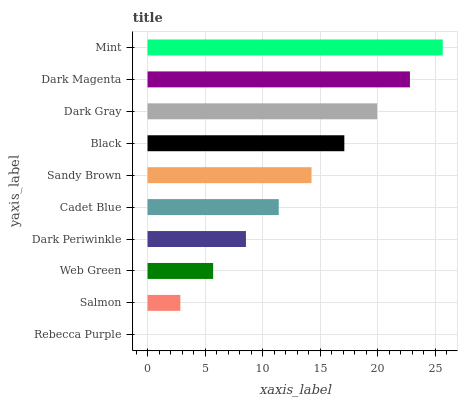
| yaxis_label | bars |
 | --- | --- |
 | Rebecca Purple | 0 |
 | Salmon | 2.85 |
 | Web Green | 5.7 |
 | Dark Periwinkle | 8.55 |
 | Cadet Blue | 11.4 |
 | Sandy Brown | 14.3 |
 | Black | 17.1 |
 | Dark Gray | 20 |
 | Dark Magenta | 22.8 |
 | Mint | 25.7 |